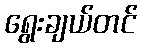
ရွေးချယ်တင်